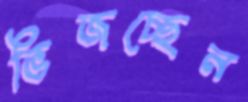
ভিজচ্ছেন